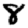
Digit: 8